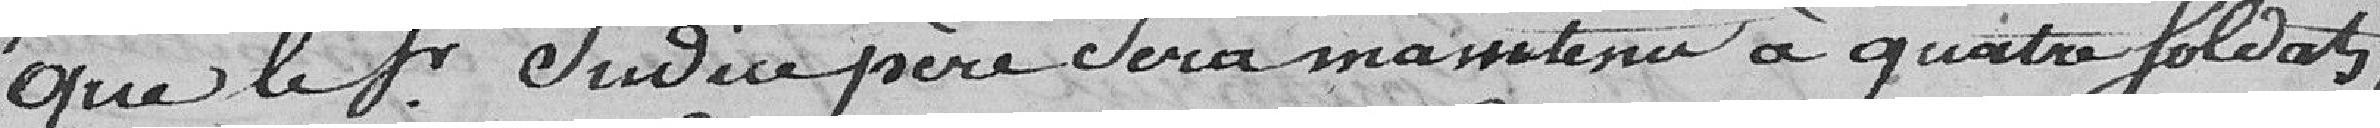
que le sieur Judice père sera maintenu à quatre soldats ;